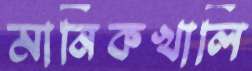
মানিকখালি